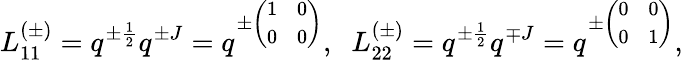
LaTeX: L_{11}^{(\pm)}=q^{\pm\frac{1}{2}}q^{\pm J}=q^{\pm\left(\begin{array}{cc}{{1}}&{{0}}\\ {{0}}&{{0}}\end{array}\right)},\; \; L_{22}^{(\pm)}=q^{\pm\frac{1}{2}}q^{\mp J}=q^{\pm\left(\begin{array}{cc}{{0}}&{{0}}\\ {{0}}&{{1}}\end{array}\right)},\; \;